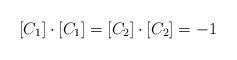
LaTeX: \begin{align*}[C_1] \cdot [C_1] = [C_2] \cdot [C_2] = -1\end{align*}